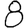
Digit: 8